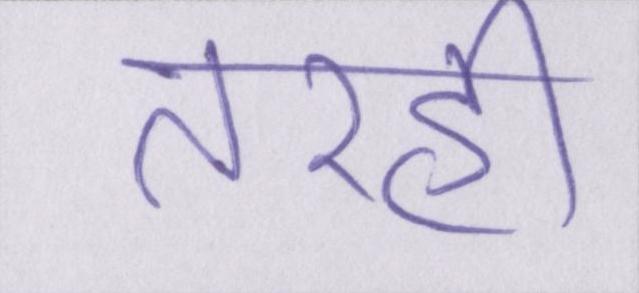
तरही